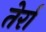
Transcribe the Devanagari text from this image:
तेर्रा